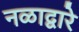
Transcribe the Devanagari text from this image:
नळाद्वारे